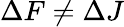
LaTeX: \Delta F\ne\Delta J